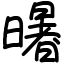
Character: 龧